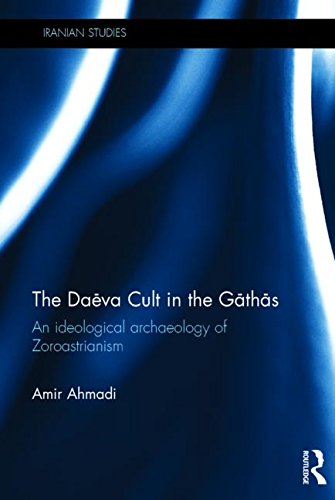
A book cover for The Daeva Cult in the Gathas: An Ideological Archaeology of Zoroastrianism (Iranian Studies); Amir Ahmadi; Religion & Spirituality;